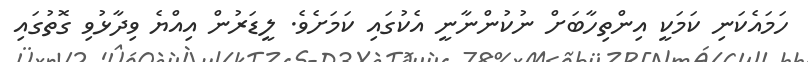
ހަމައެކަނި ކަމަކީ އިންތިހާބަށް ނުކުންނާނީ އެކުގައި ކަމަށެވެ. ލީޑަރުން އިއްޔެ ވިދާޅުވި ގޮތުގައި